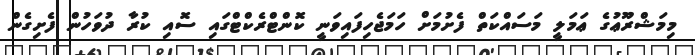
މިމަޝްރޫޢުގެ ޢަމަލީ މަސައްކަތް ފެށުމަށް ހަމަޖެހިފައިވަނީ ކޮންޓްރެކްޓްގައި ސޮއި ކުރާ ދުވަހުން ފެށިގެން